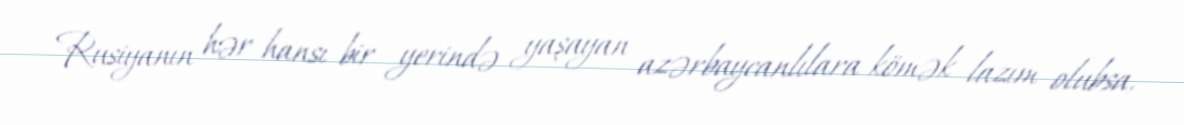
Rusiyanın hər hansı bir yerində yaşayan azərbaycanlılara kömək lazım olubsa,